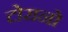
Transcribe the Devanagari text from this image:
टोरानो